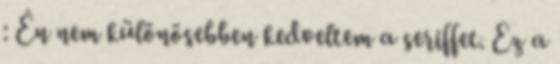
: Én nem különösebben kedveltem a seriffet. Ez a